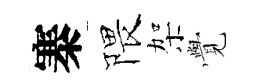
寨隈架𮗜